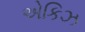
એકિઝ